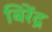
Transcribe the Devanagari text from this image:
बिरेंद्र